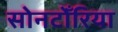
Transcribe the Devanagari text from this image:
सोनटोँरिया